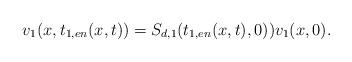
LaTeX: \begin{align*} v_1(x,t_{1,en}(x,t))= S_{d,1}(t_{1,en}(x,t),0))v_1(x,0).\end{align*}